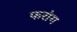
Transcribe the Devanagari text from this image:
फरांग